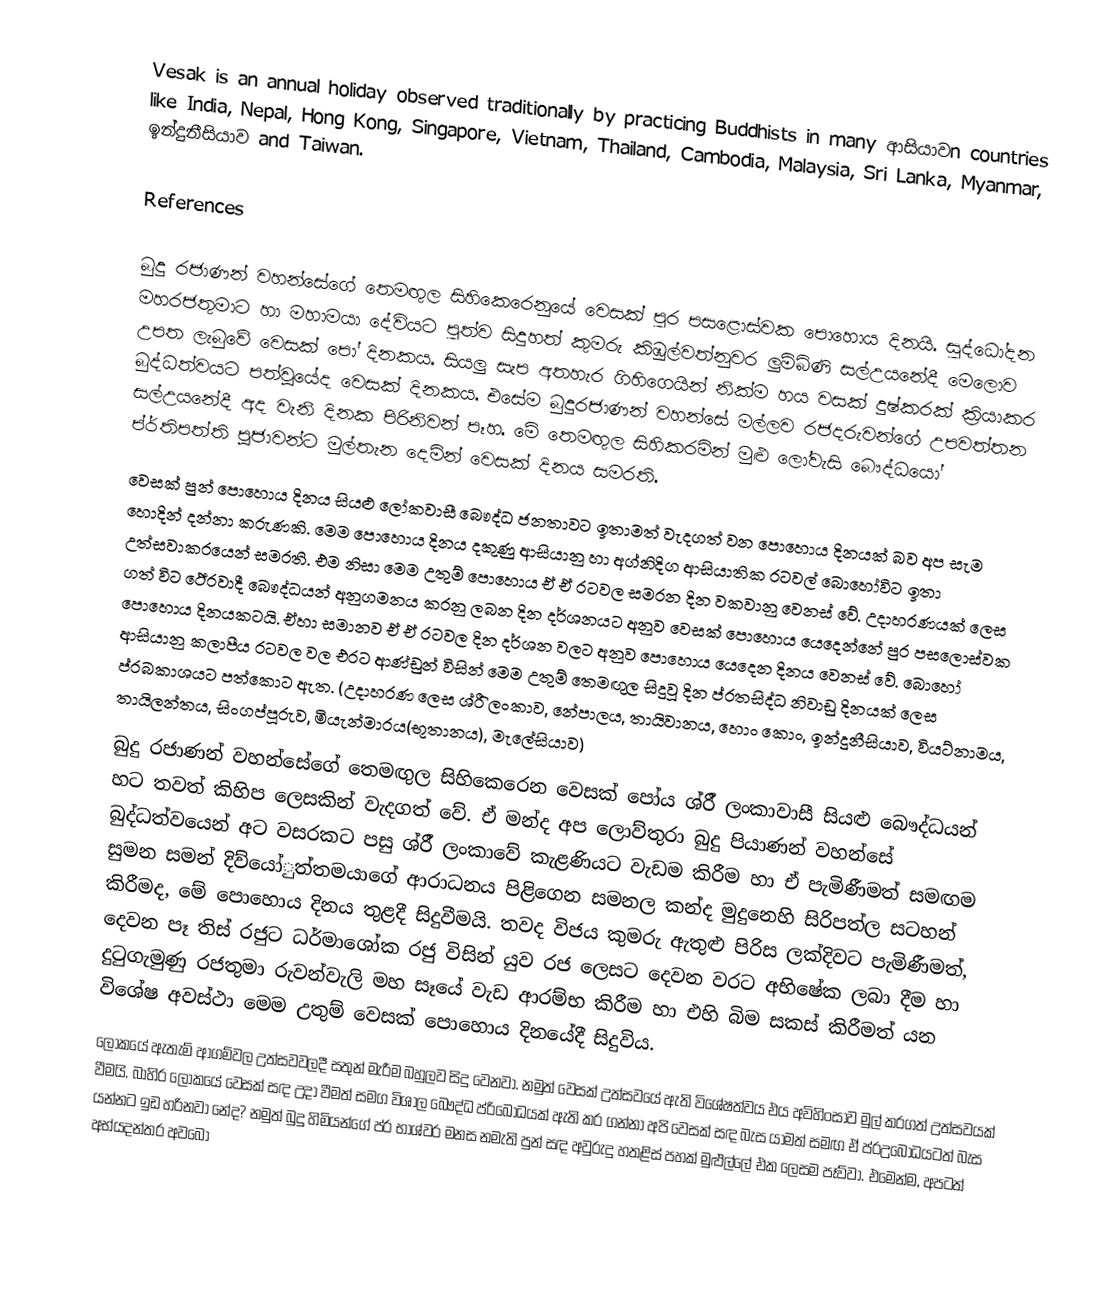
Vesak is an annual holiday observed traditionally by practicing Buddhists in many ආසියාවn countries like India, Nepal, Hong Kong, Singapore, Vietnam, Thailand, Cambodia, Malaysia, Sri Lanka, Myanmar, ඉන්දුනීසියාව and Taiwan.

References

බුදු රජාණන් වහන්සේගේ තෙමඟුල සිහිකෙරෙනුයේ වෙසක් පුර පසළොස්වක ‍පොහොය දිනයි. සුද්ධෝදන මහරජතුමාට හා මහාමයා දේවියට පුත්ව සිදුහත් කුමරු කිඹුල්වත්නුවර ලුම්බිණි සල්උයනේදී මෙලොව උපත ලැබුවේ වෙසක් පෝ ‍දිනකය. සියලු සැප අතහැර ගිහිගෙයින් නික්ම හය වසක් දුෂ්කරක් ක්‍රියාකර බුද්ධත්වයට පත්වූයේද වෙසක් දිනකය. එසේම බුදුරජාණන් වහන්සේ මල්ලව රජදරුවන්ගේ උපවත්තන සල්උයනේදී අද වැනි දිනක පිරිනිවන් පෑහ. මේ තෙමඟුල සිහිකරමින් මුළු ලෝවැසි බෞද්ධයෝ ප්ර්තිපත්ති පූජාවන්ට මුල්තැන දෙමින් වෙසක් දිනය සමරති.
වෙසක් පුන් පොහොය දිනය සියළු ලෝකවාසී බෞද්ධ ජනතාවට ඉතාමත් වැදගත් වන පොහොය දිනයක් බව අප සැම හොදින් දන්නා කරුණකි. මෙම පොහොය දිනය දකුණු ආසියානු හා අග්නිදිග ආසියාතික රටවල් බොහෝවිට ඉතා උත්සවාකරයෙන් සමරති. එම නිසා මෙම උතුම් පොහොය ඒ ඒ රටවල සමරන දින වකවානු වෙනස් වේ. උදාහරණයක් ලෙස ගත් විට ථේරවාදී බෞද්ධයන් අනුගමනය කරනු ලබන දින දර්ශනයට අනුව වෙසක් පොහොය යෙදෙන්නේ පුර පසලොස්වක පොහොය දිනයකටයි. ඒහා සමානව ඒ ඒ රටවල දින දර්ශන වලට අනුව පොහොය යෙදෙන දිනය වෙනස් වේ. බොහෝ ආසියානු කලාපීය රටවල වල එරට ආණ්ඩුන් විසින් මෙම උතුම් තෙමඟුල සිදුවූ දින ප්රතසිද්ධ නිවාඩු දිනයක් ලෙස ප්රබකාශයට පත්කොට ඇත. (උදාහරණ ලෙස ශ්රීි ලංකාව, නේපාලය, තායිවානය, හොං කොං, ඉන්දුනීසියාව, වියට්නාමය, තායිලන්තය, සිංගප්පූරුව, මියැන්මාරය(භූතානය), මැලේසියාව)
බුදු රජාණන් වහන්සේගේ තෙමඟුල සිහිකෙරෙන වෙසක් පෝය ශ්රී් ලංකාවාසී සියළු බෞද්ධයන් හට තවත් කිහිප ලෙසකින් වැදගත් වේ. ඒ මන්ද අප ලොව්තුරා බුදු පියාණන් වහන්සේ බුද්ධත්වයෙන් අට වසරකට පසු ශ්රී් ලංකාවේ කැළණියට වැඩම කිරීම හා ඒ පැමිණීමත් සමඟම සුමන සමන් දිව්යෝුත්තමයාගේ ආරාධනය පිළිගෙන සමනල කන්ද මුදුනෙහි සිරිපත්ල සටහන් කිරීමද, මේ පොහොය දිනය තුළදී සිදුවීමයි. තවද විජය කුමරු ඇතුළු පිරිස ලක්දිවට පැමිණීමත්, දෙවන පෑ තිස් රජුට ධර්මාශෝක රජු විසින් යුව රජ ලෙසට දෙවන වරට අභිෂේක ලබා දීම හා දුටුගැමුණු රජතුමා රුවන්වැලි මහ සෑයේ වැඩ ආරම්භ කිරීම හා එහි බිම සකස් කිරීමත් යන විශේෂ අවස්ථා මෙම උතුම් වෙසක් පොහොය දිනයේදී සිදුවිය.
ලෝකයේ ඇතැම් ආගම්වල උත්සවවලදී සතුන් මැරීම බහුලව සිදු වෙනවා. නමුත් වෙසක් උත්සවයේ ඇති විශේෂත්වය එය අවිහිංසාව මුල් කරගත් උත්සවයක් වීමයි. බාහිර ලෝකයේ වෙසක් සඳ උදා වීමත් සමග විශාල බෞද්ධ ප්රිබෝධයක් ඇති කර ගන්නා අපි වෙසක් සඳ බැස යාමත් සමඟ ඒ ප්රඋබෝධයටත් බැස යන්නට ඉඩ හරිනවා නේද? නමුත් බුදු හිමියන්ගේ ප්ර භාශ්වර මනස නමැති පුන් සඳ අවුරුදු හතළිස් පහක් මුළුල්ලේ එක ලෙසම පෑව්වා. එමෙන්ම, අපටත් අභ්යදන්තර අවබෝ